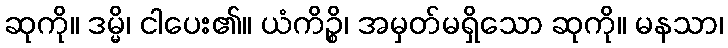
ဆုကို။ ဒမ္မိ၊ ငါပေး၏။ ယံကိဉ္စိ၊ အမှတ်မရှိသော ဆုကို။ မနသာ၊